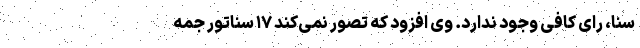
سنا، رأی کافی وجود ندارد. وی افزود که تصور نمی‌کند ۱۷ سناتور جمه